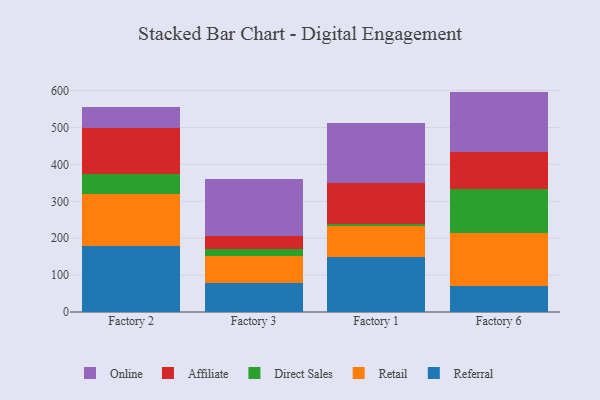
{"axis": {"x": "Factory", "y": "Population (Million)"}, "legend": ["Affiliate", "Direct Sales", "Online", "Referral", "Retail"], "data": [{"x": "Factory 2", "y": 179.4, "type": "Referral"}, {"x": "Factory 2", "y": 140.9, "type": "Retail"}, {"x": "Factory 2", "y": 54.3, "type": "Direct Sales"}, {"x": "Factory 2", "y": 123.9, "type": "Affiliate"}, {"x": "Factory 2", "y": 58.1, "type": "Online"}, {"x": "Factory 3", "y": 77.6, "type": "Referral"}, {"x": "Factory 3", "y": 73.7, "type": "Retail"}, {"x": "Factory 3", "y": 19.2, "type": "Direct Sales"}, {"x": "Factory 3", "y": 35.2, "type": "Affiliate"}, {"x": "Factory 3", "y": 153.6, "type": "Online"}, {"x": "Factory 1", "y": 150.0, "type": "Referral"}, {"x": "Factory 1", "y": 82.2, "type": "Retail"}, {"x": "Factory 1", "y": 7.4, "type": "Direct Sales"}, {"x": "Factory 1", "y": 110.2, "type": "Affiliate"}, {"x": "Factory 1", "y": 163.3, "type": "Online"}, {"x": "Factory 6", "y": 69.7, "type": "Referral"}, {"x": "Factory 6", "y": 144.7, "type": "Retail"}, {"x": "Factory 6", "y": 120.1, "type": "Direct Sales"}, {"x": "Factory 6", "y": 99.5, "type": "Affiliate"}, {"x": "Factory 6", "y": 163.3, "type": "Online"}]}